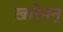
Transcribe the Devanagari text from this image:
खारेपन्